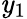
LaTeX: \mathit{y}_{1}